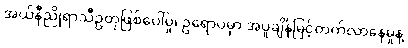
အယ်နီညိုရာသီဥတုဖြစ်ပေါ်မှု၊ ဥရောပမှာ အပူချိန်မြင့်တက်လာနေမှုနဲ့